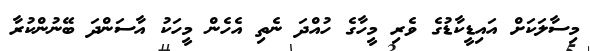
މިސާލަކަށް އައިޑީކާޑުގެ ވެރި މީހާގެ ހުއްދަ ނެތި އެހެން މީހަކު އާސަންދަ ބޭނުންކުރާ